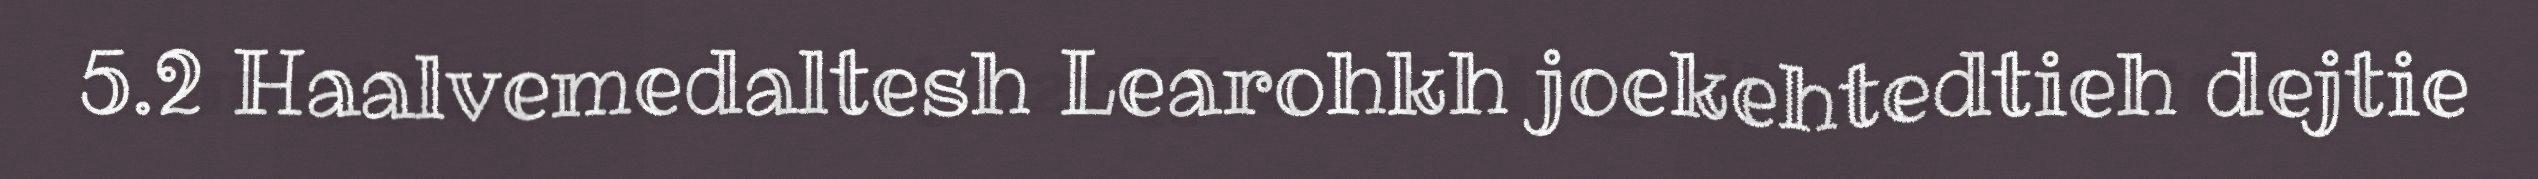
5.2 Haalvemedaltesh Learohkh joekehtedtieh dejtie